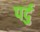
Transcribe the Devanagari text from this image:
पर्दु